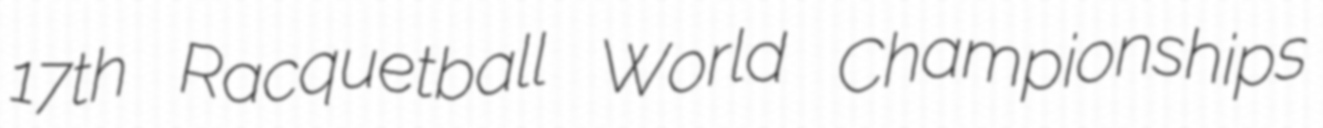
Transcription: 17th Racquetball World Championships